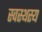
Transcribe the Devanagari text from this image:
स्वस्थस्य